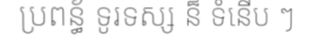
ប្រពន្ធ័ ទូរទស្ស ន៏ ទំនើប ៗ